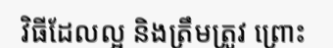
វិធីដែលល្អ និងត្រឹមត្រូវ ព្រោះ